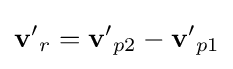
\mathbf {v'} _{r}=\mathbf {v'} _{p2}-\mathbf {v'} _{p1}